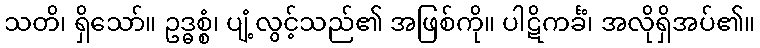
သတိ၊ ရှိသော်။ ဥဒ္ဓစ္စံ၊ ပျံ့လွင့်သည်၏ အဖြစ်ကို။ ပါဋိကင်္ခံ၊ အလိုရှိအပ်၏။